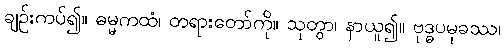
ချဉ်းကပ်၍။ ဓမ္မကထံ၊ တရားတော်ကို။ သုတွာ၊ နာယူ၍။ ဗုဒ္ဓပမုခဿ၊